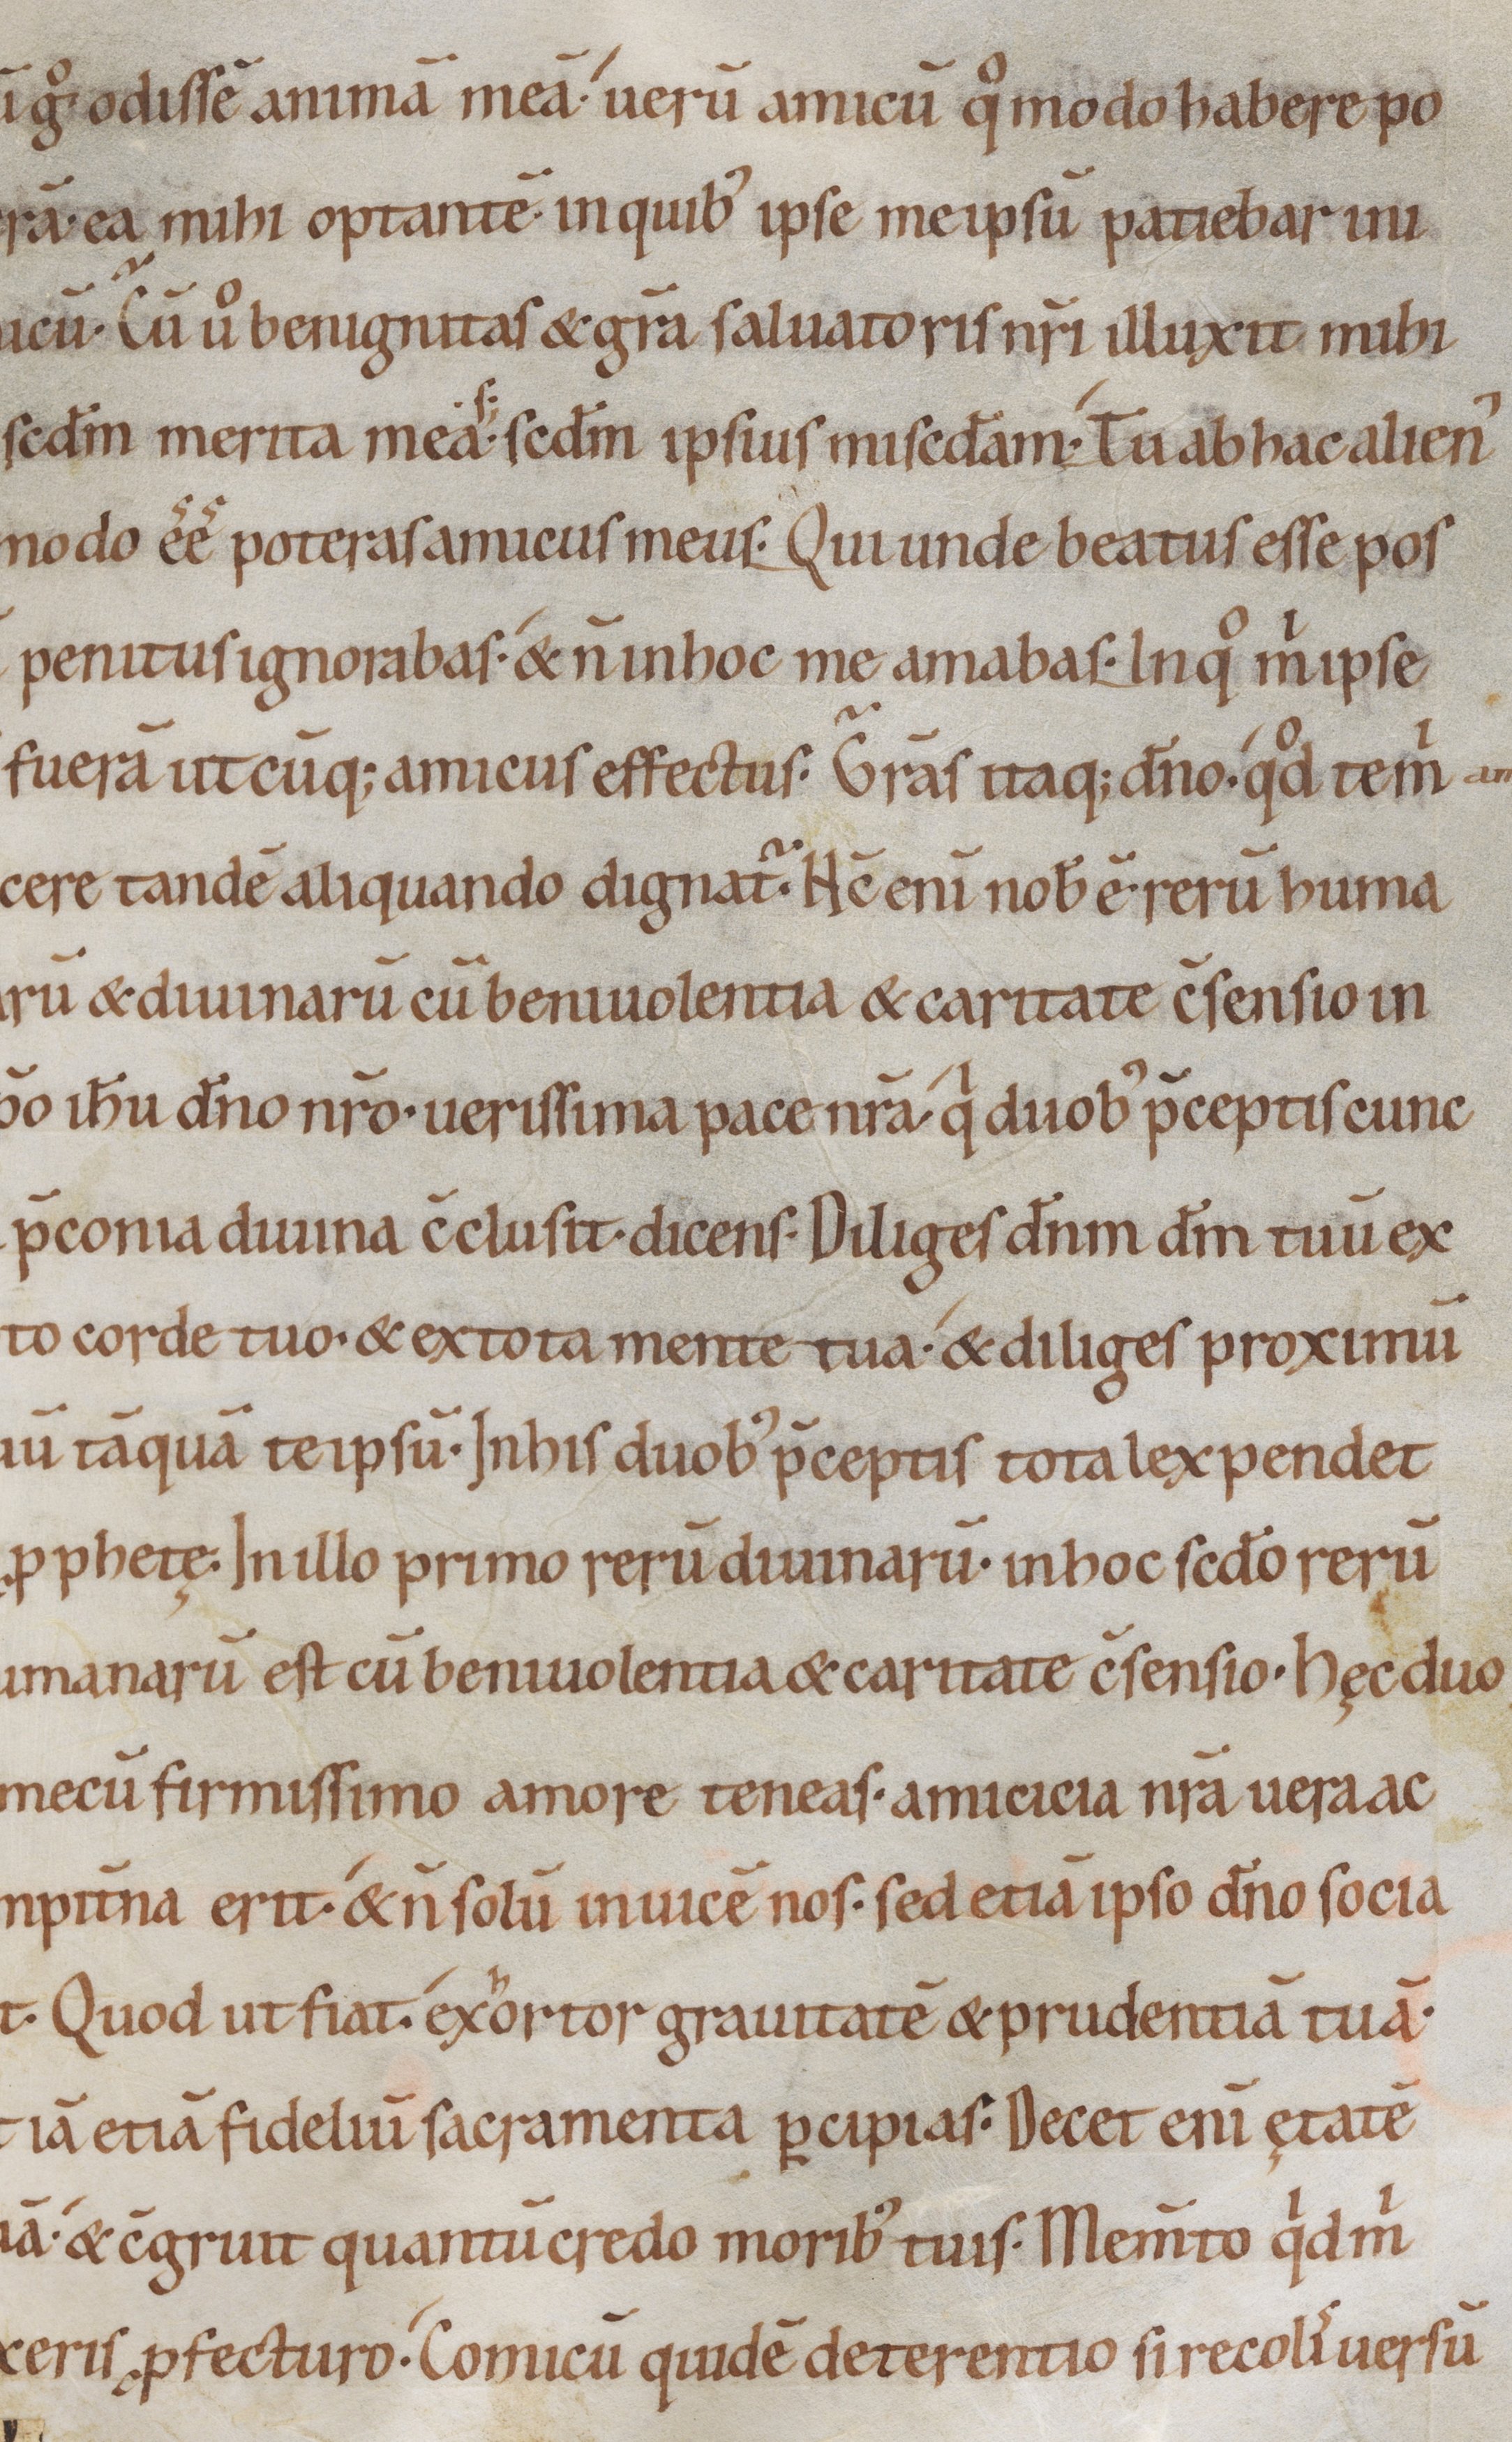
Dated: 1000–1099